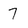
Character: 7